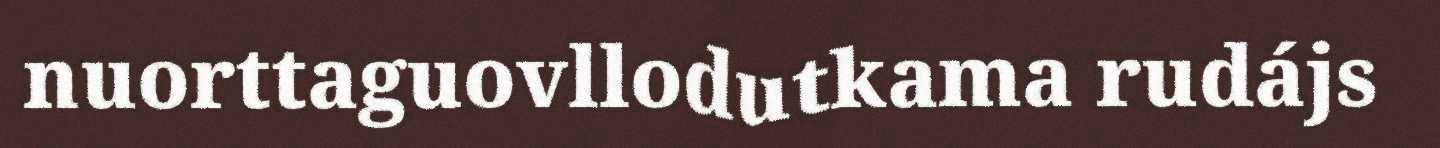
nuorttaguovllodutkama rudájs